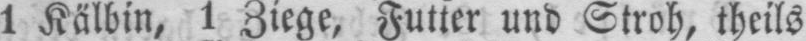
1 Kälbin, 1 Ziege, Futter und Stroh, theils